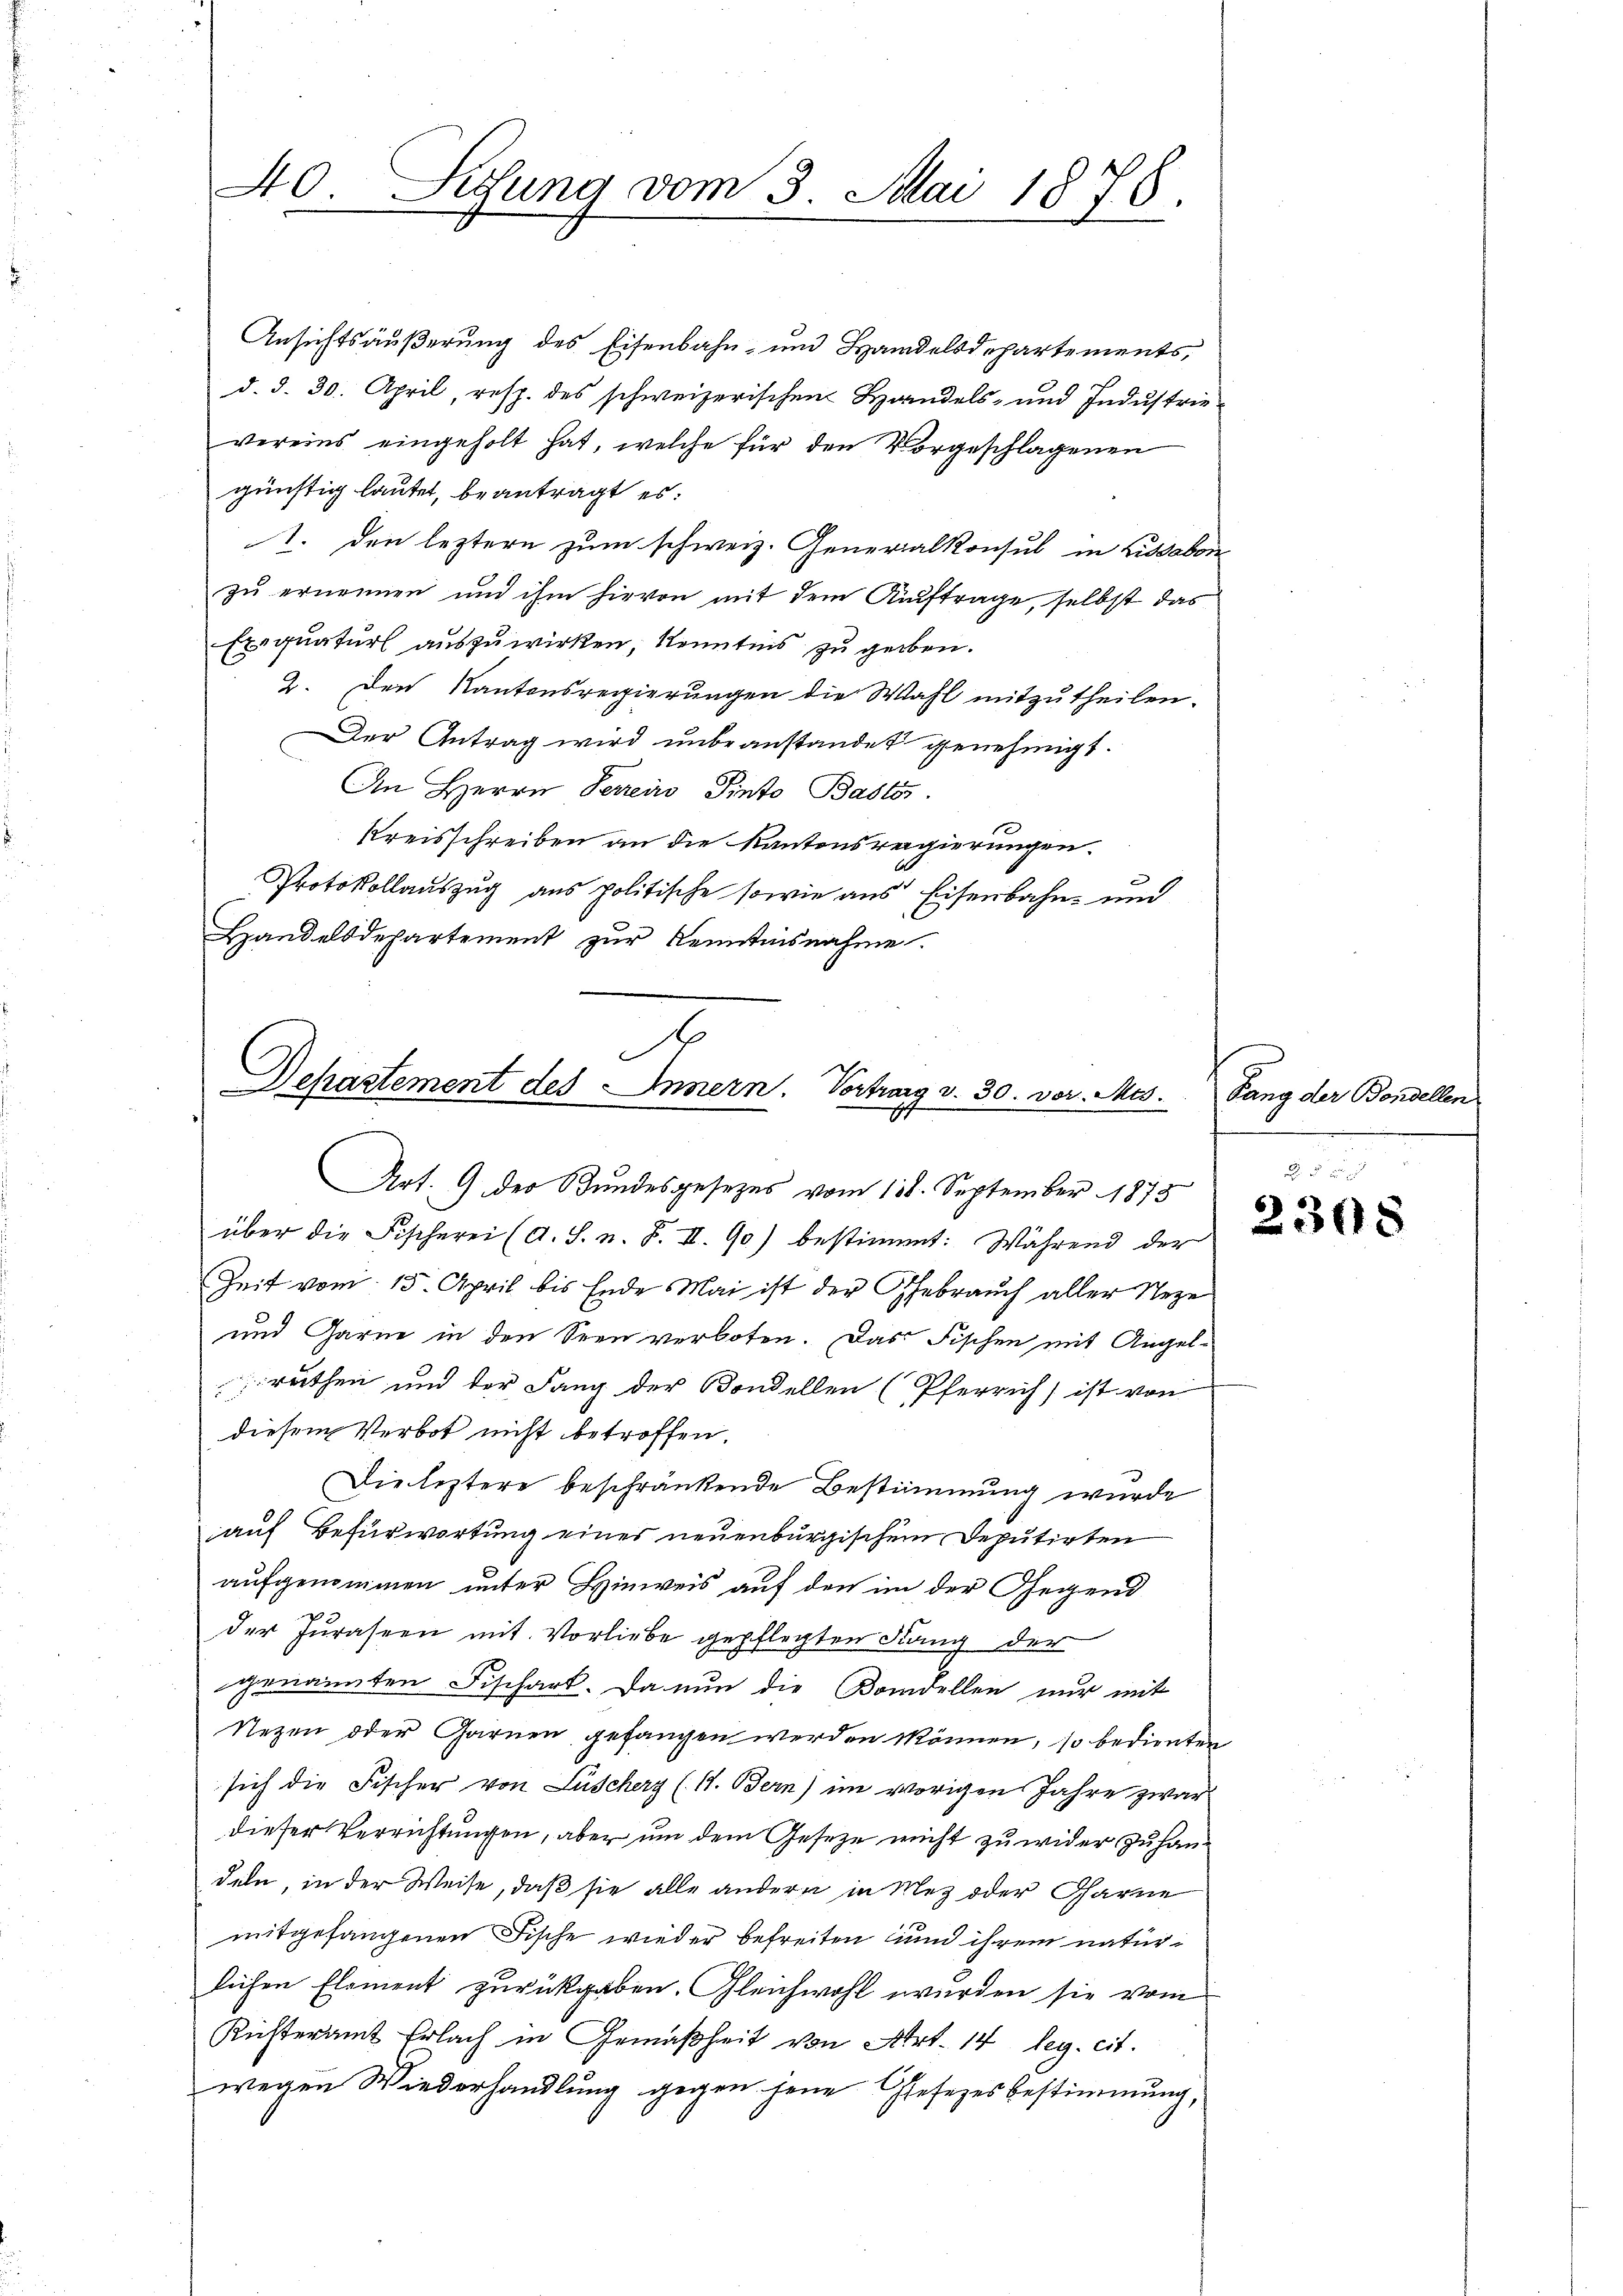
40. Sedung vom 3. Mai 1878.

Ansichtsäußerung des Eisenbahn- und Handelsdepartements,
d. d. 30. April resp. des schweizerischen Handels- und Industrievereins eingeholt hat, welche für den Vorgeschlagenen
günstig lautet, beantragt es:
1. den leztern zum schweiz. Generalkonsul in Lissabon
zu ernennen und ihm hievon mit dem Auftrage, selbst das
Exequatur auszuwirken, Kenntnis zu geben.
2. Den Kantonsregierungen die Wahl mitzutheilen.
Der Antrag wird unbeanstandet genehmigt.
An Herrn Perreis Pinto Bastös
Kreisschreiben an die Kantonsregierungen.
Protokollauszug aus politische sowie aus Eisenbahn- und
Handelsdepartement zur Kenntnisnahme.

A
Dehastement des Innern. Vortrag v. 30. vor. Mts.

Art. 9 der Bundesgesezes vom 138. September 1873
über die Fischerei (A. S. n. F. II. 90) bestimmt: Während der
Zeit vom 15. April bis Ende Mai ist der Gebrauch aller Neze
und Garne in den Seen verboten. Das Fischen mit Angel-
ruthen und der Lang der Kondellen (Pferrich) ist von
diesem Verbot nicht betroffen.
Die leztere beschränkende Bestimmung wurde
auf Befürwortung eines neuenburgischem Deputirten
aufgenommen unter Hinweis auf den im der Gegend
der Juraseen mit Vorliebe gepflegten Sang der
genannten Fischart. Da nun die Koncellen nur mit
Rezen oder Garnen gefangen werden können, so bedienten
sich die Fischer von Lüscherg (11. Bern) im vorigen Jahre zwar
dieser Verrichtungen, aber um dem Gesetze nicht zu wider zu handeln in der Weise, daß sie alle andern in Mez oder Garne
mitgefangenen Fische wieder befreiten und ihrem naturlichen Element zurückgaben. Gleichwohl wurden sie vom
Kisteramt Erlach in Gemäßheit von Art. 14 leg. cit.
wegen Wiederhandlung gegen jene Gesezes bestimmung,

Sang der Bandellen

2308